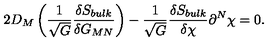
2 D _ { M } \left( \frac { 1 } { \sqrt { G } } \frac { \delta S _ { b u l k } } { \delta G _ { M N } } \right) - \frac { 1 } { \sqrt { G } } \frac { \delta S _ { b u l k } } { \delta \chi } \partial ^ { N } \chi = 0 .